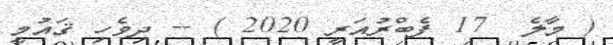
( މާލެ  17 ފެބްރުއަރީ 2020 ) -- ދިވެހި ޤައުމީ